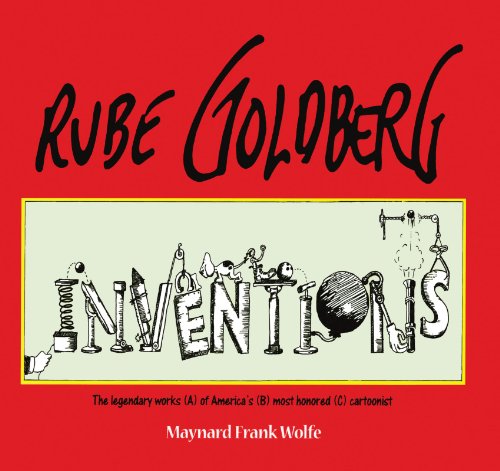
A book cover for Rube Goldberg: Inventions!; Maynard Frank Wolfe; Comics & Graphic Novels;